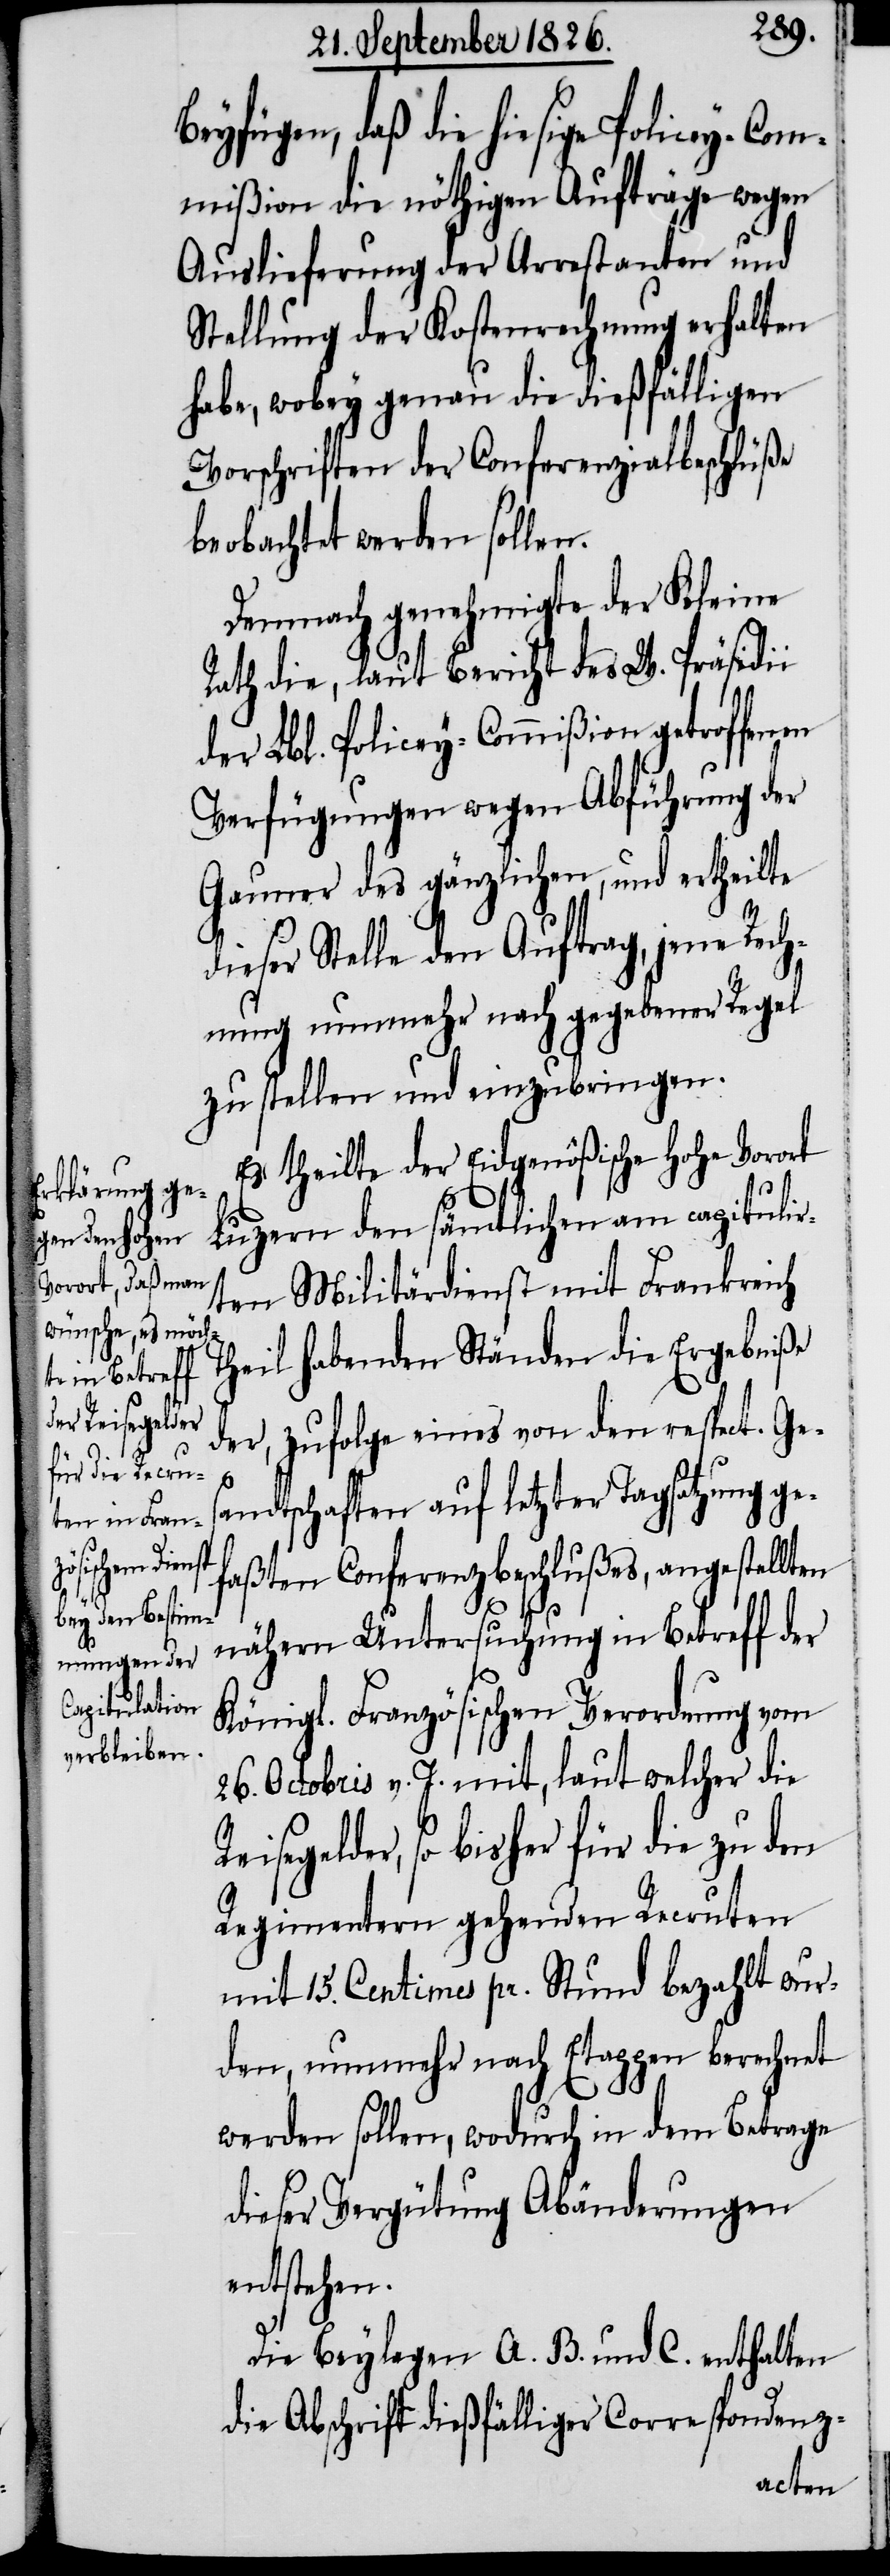
Beyfügen, daß die hiesige Policey-Com¬
mißion die nöthigen Aufträge wegen
Auslieferung der Arrestanten und
Stellung der Kostenrechnung erhalten
habe, wobey genau die dießfälligen
Vorschriften der Conferenzialbeschlüße
beobachtet werden sollen.
Demnach genehmigte der Kleine
Rath die, laut Bericht des W. Präsidii
der Lbl. Policey-Commißion getroffenen
Verfügungen wegen Abführung der
Gauner des gänzlichen, und ertheilte
ieser Stelle den Auftrag, jene Rech¬
nung nunmehr nach gegebener Regel
zu stellen und einzubringen.
Es theilte der Eidgenößische hohe Vorort
Luzern den sämtlichen am capituli¬
rten Militärdienst mit Frankreich
Theil habenden Ständen die Ergebniße
der, zufolge eines von den respect. Ges¬
d¬
andtschaften auf letzter Tagsatzung ge¬
faßten Conferenzbeschlußes, angestellten
nähern Untersuchung in Betreff der
Königl. Französischen Verordnung vom
26. Octobris v. J. mit laut welcher die
Reisegelder, so bisher für die zu den
Regimentern gehenden Recruten
mit 15. Centimes pr. Stund bezahlt wur¬
den, nunmehr nach Etappen berechnet
werden sollen, wodurch in dem Betrage
dieser Vergütung Abänderungen
entstehen.
Die Beylagen A. B. und C. enthalten
die Abschrift dießfälliger Correspondenz-